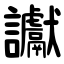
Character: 讞